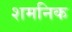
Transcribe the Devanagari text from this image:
शमनिक